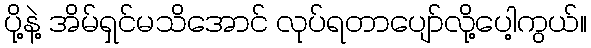
ပို့နဲ့ အိမ်ရှင်မသိအောင် လုပ်ရတာပျော်လို့ပေါ့ကွယ်။